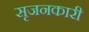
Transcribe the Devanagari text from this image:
सृजनकारी